Report on vaccination in Madras 1895-1903 - 1895-1903
Year: 1895
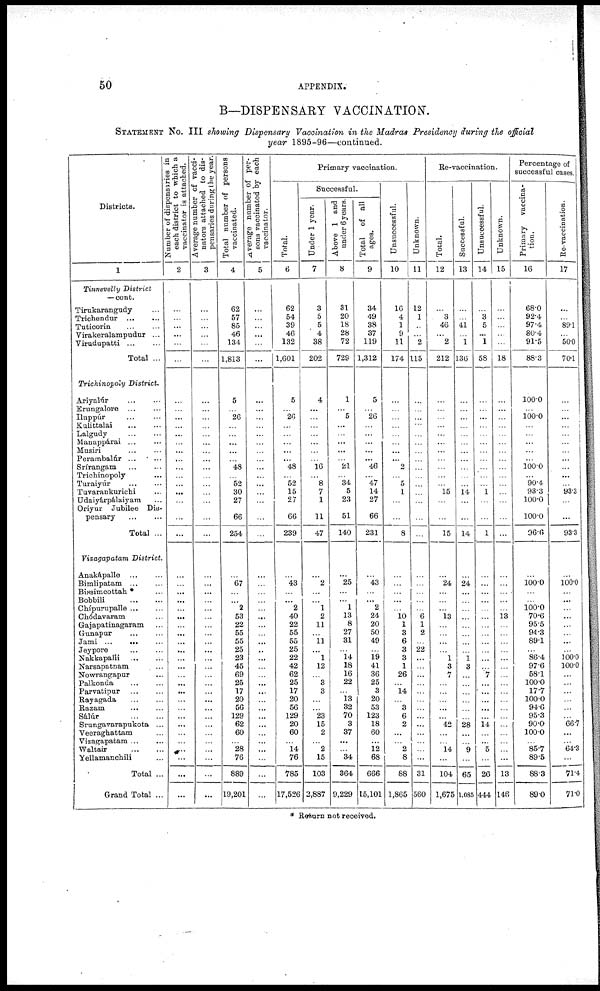
50
APPENDIX.
B—DISPENSARY VACCINATION.
STATEMENT No. III showing Dispensary Vaccination in the Madras Presidency during the official
year 1895-96—continued.
Districts.
1
Tinnevelly District
—cont.
Tirukarangudy ...
Trichendur ... ...
Tuticorin
...
...
Virakeralampudur ...
Virudupatti
...
...
Total ...
Trichinopoly District.
Ariyalúr ... ...
Erungalore
...
...
Iluppúr ... ...
Kulittalai
...
...
Lalgudy
...
...
Manappárai ... ...
Musiri ... ...
Perambalúr
...
...
Srírangam
...
...
Trichinopoly ...
Turaiyúr
...
...
Tuvarankurichi ...
Udaiyárpálaiyam ...
Oriyur Jubilee Dis-
pensary
...
...
Total ...
Vizagapatam District.
Anakápalle ... ...
Bimlipatam ... ...
Bissimcottah * ...
Bobbili
...
...
Chípurupalle ... ...
Chódavaram ...
Gajapatinagaram ...
Gunapur
...
...
Jami ...
...
Jeypore ... ...
Nakkapalli ...
...
Narsapatnam ...
Nowrangapur ...
Palkonda ... ...
Parvatipur
...
...
Rayagada
...
...
Razam
...
...
Sálúr
...
...
Srungavarapukota ...
Veeraghattam ...
Vizagapatam ... ...
Waltair
...
...
Yellamanchili ...
Total ...
Grand Total ...
Number of dispensaries in
each district to which a
vaccinator is attached.
2
...
...
...
...
...
...
...
...
...
...
...
...
...
...
...
...
...
...
...
...
...
...
...
...
...
...
...
...
...
...
...
...
...
...
...
...
...
...
...
...
...
...
...
...
...
...
Average number of vacci-
nators attached to dis-
pensaries during the year.
3
...
...
...
...
...
...
...
...
...
...
...
...
...
...
...
...
...
...
...
...
...
...
...
...
...
...
...
...
...
...
...
...
...
...
...
...
...
...
...
...
...
...
...
...
...
...
Total number of persons
vaccinated.
4
62
57
85
46
134
1,813
5
...
26
...
...
...
...
...
48
...
52
30
27
66
254
...
67
...
...
2
53
22
55
55
25
23
45
69
25
17
20
56
129
62
60
...
28
76
889
19,201
Average number of per-
sons vaccinated by each
vaccinator.
5
...
...
...
...
...
...
...
...
...
...
...
...
...
...
...
...
...
...
...
...
...
...
...
...
...
...
...
...
...
...
..
...
...
...
...
...
...
...
...
...
...
...
...
...
...
...
Primary vaccination.
Total.
6
62
54
39
46
132
1,601
5
...
26
...
...
...
...
...
48
...
52
15
27
66
239
...
43
...
...
2
40
22
55
55
25
22
42
62
25
17
20
56
129
20
60
...
14
76
785
17,526
Successful.
Under 1 year.
7
3
5
5
4
38
202
4
...
...
...
...
...
...
...
16
...
8
7
1
11
47
...
2
...
...
1
2
11
...
11
...
1
12
...
3
3
...
...
23
15
2
...
2
15
103
2,887
Above 1 and
under 6 years.
8
31
20
18
28
72
729
1
...
5
...
...
...
...
...
21
...
34
5
23
51
140
...
25
...
...
1
13
8
27
31
...
14
18
16
22
...
13
32
70
3
37
...
...
34
364
9,229
Total of all
ages.
9
34
49
38
37
119
1,312
5
...
26
...
...
...
...
...
46
...
47
14
27
66
231
...
43
...
...
2
24
20
50
49
...
19
41
36
25
3
20
53
123
18
60
...
12
68
666
15,101
Unsuccessful.
10
16
4
1
9
11
174
...
...
...
...
...
...
...
...
2
...
5
1
...
...
8
...
...
...
...
...
10 1
3
6
3
3
1
26
...
14
...
3
6
2
...
...
2
8
88
1,865
Unknown.
11
12
1
...
...
2
115
...
...
...
...
...
...
...
...
...
...
...
...
...
...
...
...
...
...
...
...
6
1
2
...
22
...
...
...
...
...
...
...
...
...
...
...
...
...
31
560
Re-vaccination.
Total.
12
...
3
46
...
2
212
...
...
...
...
...
...
...
...
...
...
...
15
...
...
15
...
24
...
...
...
13
...
...
...
...
1
3
7
...
...
...
...
...
42
...
...
14
...
104
1,675
Successful.
13
...
...
41
...
1
136
...
...
...
...
...
...
...
...
...
...
...
14
...
...
14
...
24
...
...
...
...
...
...
...
...
1
3
...
...
...
...
...
...
28
...
...
9
...
65
1,085
Unsuccessful.
14
...
3
5
...
1
58
...
...
...
...
...
...
...
...
...
...
...
1
...
...
1
...
...
...
...
...
...
...
...
...
...
...
...
7
...
...
...
...
...
14
...
...
5
...
26
444
Unknown.
15
...
...
...
...
...
18
...
...
...
...
...
...
...
...
...
...
...
...
...
...
...
...
...
...
...
...
13
...
...
...
...
...
...
...
...
...
...
...
...
...
...
...
...
...
13
146
Percentage of
successful cases.
Primary vaccina-
tion.
16
68.0
92.4
97.4
80.4
91.5
88.3
100.0
...
100.0
...
...
...
...
...
100.0
...
90.4
93.3
100.0
100.0
96.6
...
100.0
...
...
100.0
70.6
95.5
94.3
89.1
...
86.4
97.6
58.1
100.0
17.7
100.0
94.6
95.3
90.0
100.0
...
85.7
89.5
88.3
89.0
Re-vaccination.
17
...
...
89.1
...
50.0
70.1
...
...
...
...
...
...
...
...
...
...
...
93.3
...
...
93.3
...
100.0
...
...
...
...
...
...
...
...
100.0
100.0
...
...
...
...
...
...
66.7
...
...
64.3
...
71.4
71.0
* Return not received.